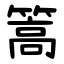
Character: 篙